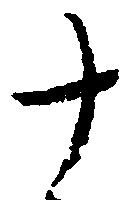
十